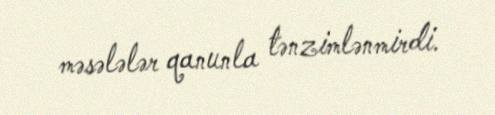
məsələlər qanunla tənzimlənmirdi.